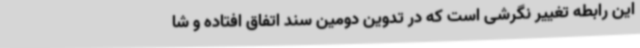
این رابطه تغییر نگرشی است که در تدوین دومین سند اتفاق افتاده و شا